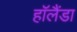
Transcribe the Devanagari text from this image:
हॉलैंडा